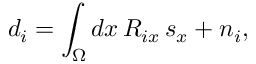
d _ { i } = \int _ { \Omega } d x \, R _ { i x } \, s _ { x } + n _ { i } ,